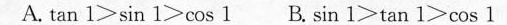
A. tan 1>sin 1>cos 1 B. Sin 1>tan 1>cos 1